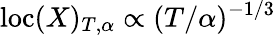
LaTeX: \mathrm{loc}(X)_{T,\alpha}\propto(T/\alpha)^{-1/3}